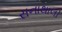
સનાથાલી